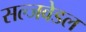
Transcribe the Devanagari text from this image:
सल्जवेडल